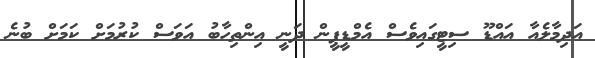
އަދިމާލެއާ އައްޑޫ ސިޓީގައިވެސް އެމްޑީޕީން ދަނީ އިންތިހާބު އަވަސް ކުރުމަށް ކަމަށް ބުނެ